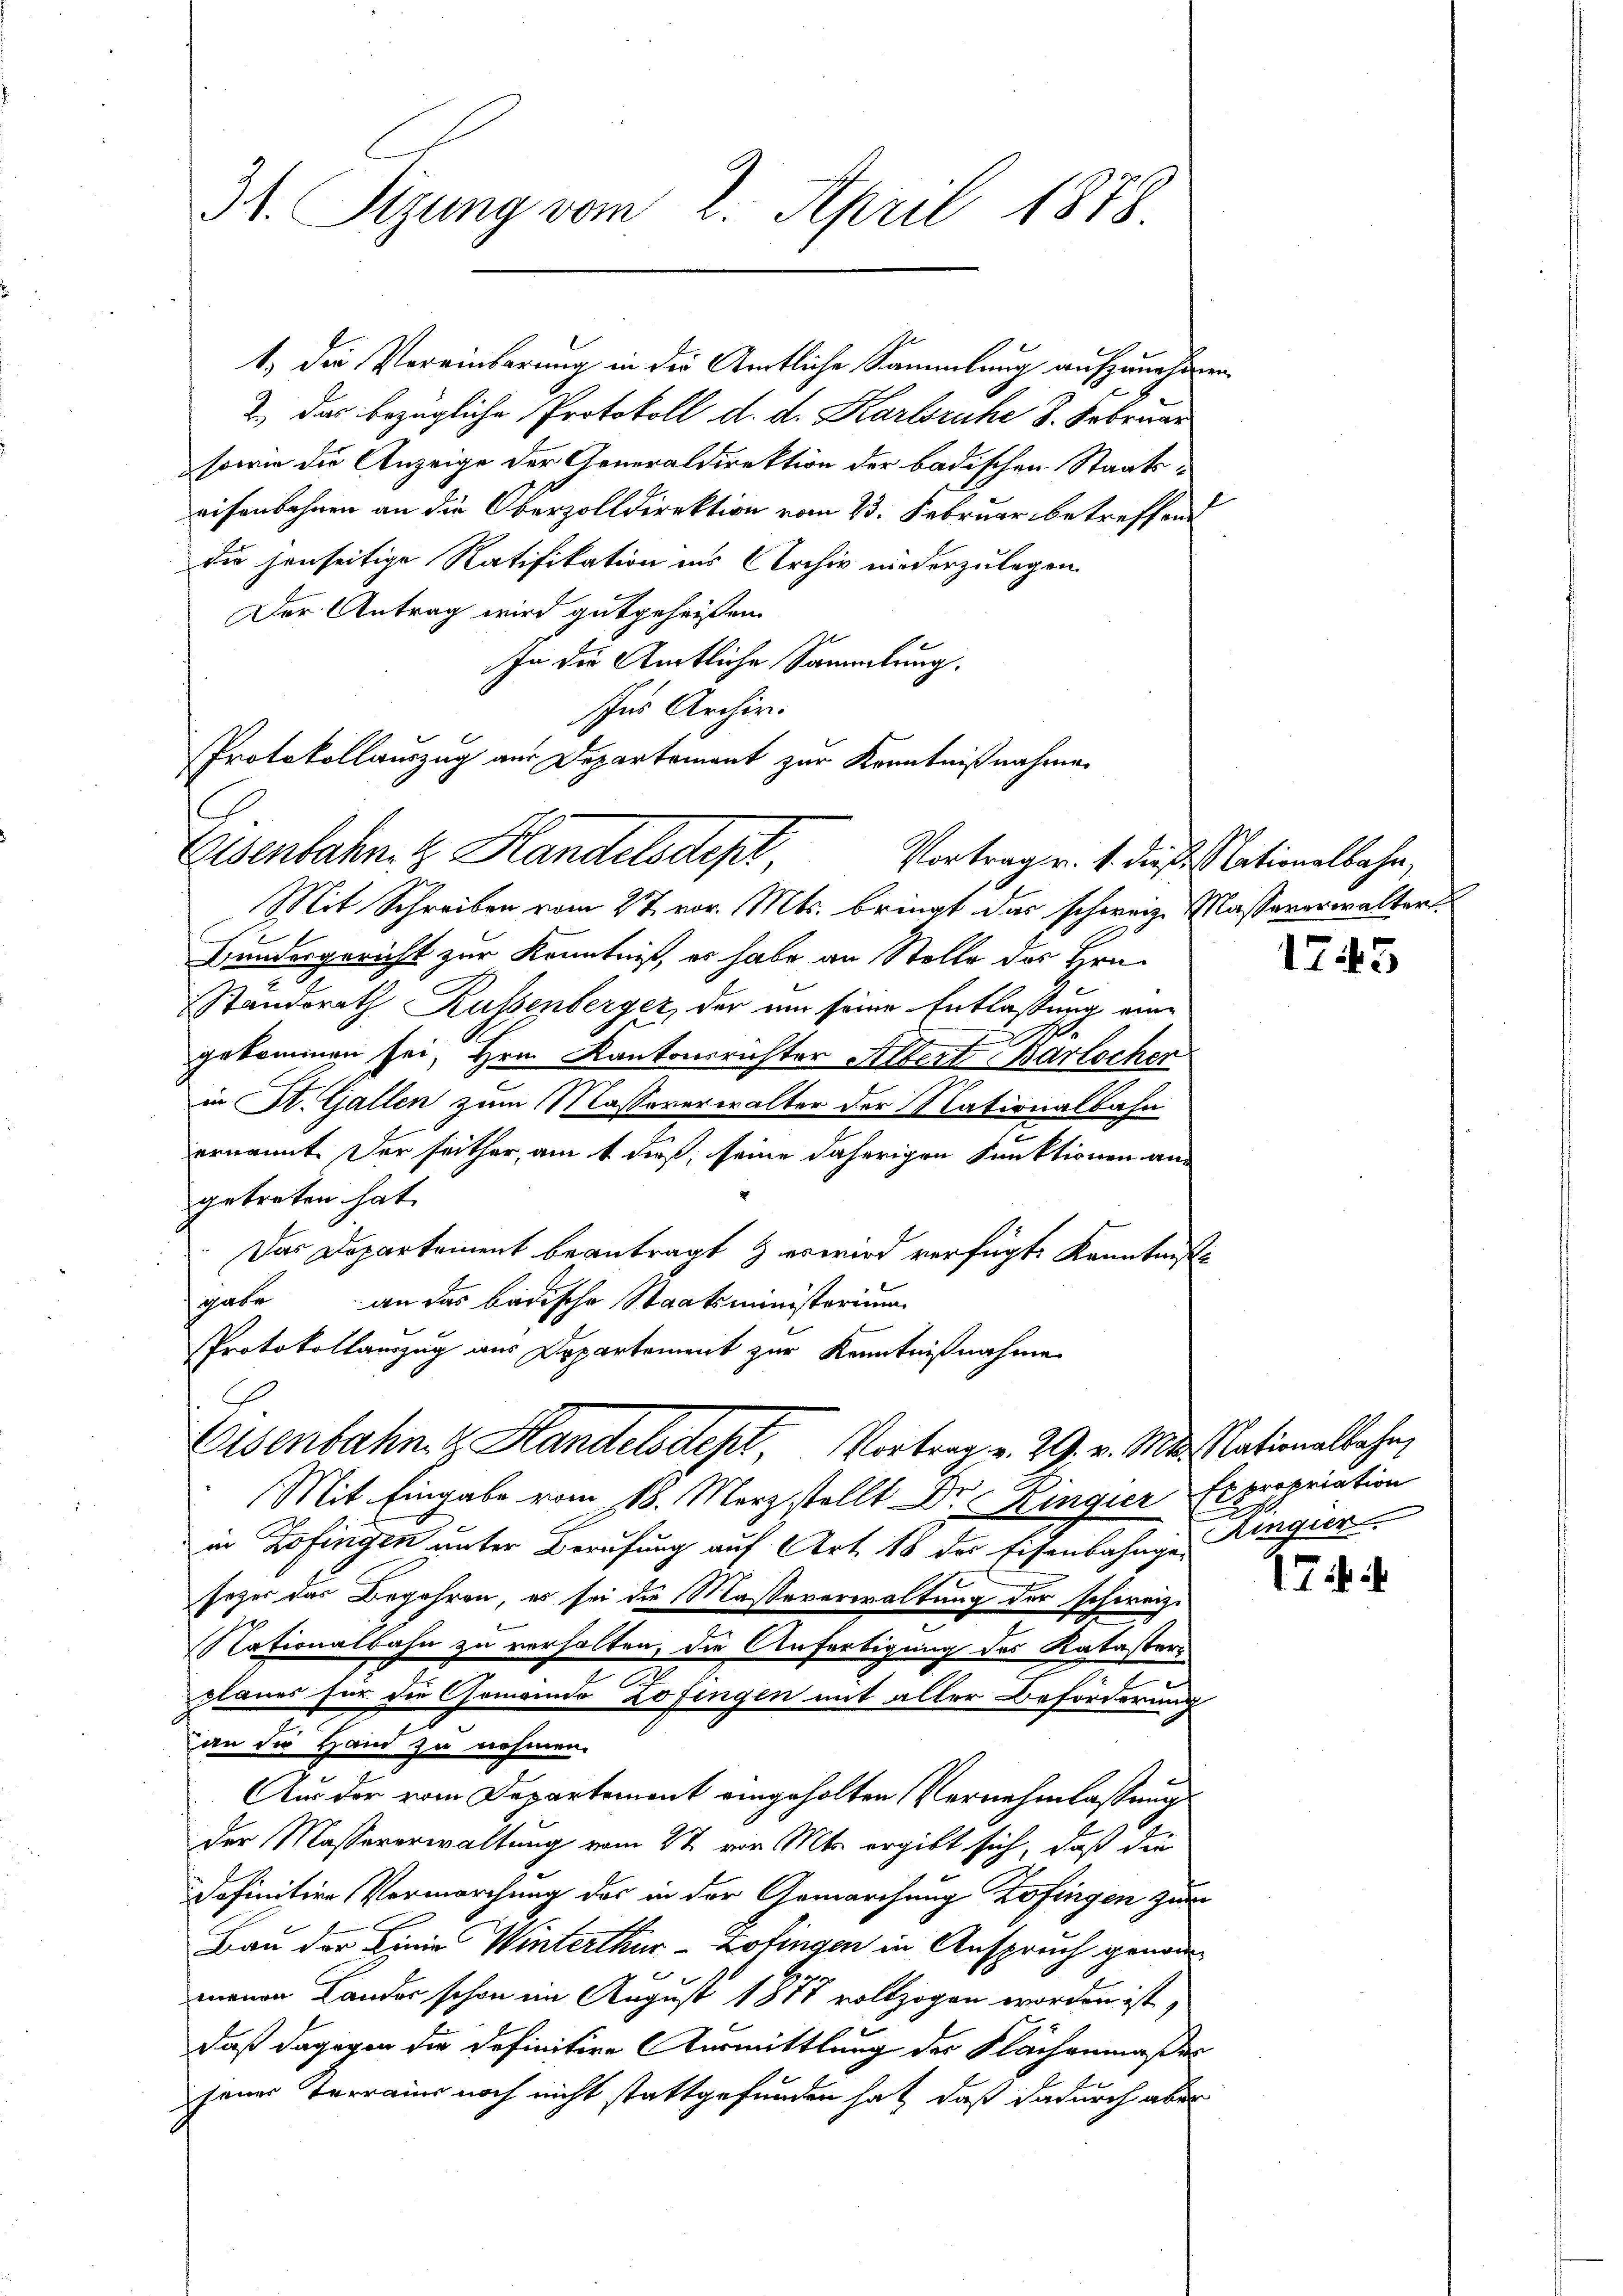
31. Sizung vom 2. April 1878

1) die Vereinbarung in die Amtliche Sammlung aufzunehmen,
2.) Das bezügliche Protokoll d. d. Karlsruhe 8. Februar
sowie die Anzeige der Generaldirektion der badischen Staatseisenbahnen an die Oberzolldirektion vom 23. Februar betreffend
Die jenseitige Ratifikation ins Archiv niederzulegen.
Der Antrag wird gutgeheißen.
In die Amtliche Sammlung.
Iches Archiv.
Protokollauszug aus Departement zur Kenntnißnahmen

Eisenbahn. k. Handelsdep
Vortrag v. 1. dieß Nationalbahn,

Mit Schreiben vom 27. vor. Mts. bringt das schweiz. Massererwalter
Bundesgericht zur Kenntniß, er habe an Stelle des Hrn.
Standsrath Russenberger, der um seine Entlassung eine
2
.
gekommen sei, Hrn. Kantonsrichter Albert Bartocher
in St. Gallen zum Massaverwalter der Nationalbahn
ernannt. Der seither, am 1 dieß, seine daherigen Funktionen an
getreten hat.
Das Departement beantragt & es wird verfügte Kenntniß
gabe an das badische Staatsministerium
Protokollauszug aus Departement zur Kenntnißnahme
Mit Eingabe vom 18. März stellt Dr. Kingier Expropriation
in Zofingen unter Berufung auf Art. 18 des Eisenbahnge Ringier
sezer das Begehren, es sei die Massaverwaltung der schweiz.
Nationalbahn zu verhalten, die Anfertigung des Kataster
2
planes für die Gemeinde Zofingen mit aller Beforderung
an die Hand zu nehmen.
Aus der vom Departement eingeholten Vernehmlassung
der Massererwaltung vom 27. von Mts. ergibt sich, daß die
definitive Vermarchung des in der Gemarchung Zofingen zum
Bau der Linia Winterthur–Zofingen in Anspruch genom¬
0 x
menen Landes schon im August 1877 vollzogen worden ist,
daß dagegen die definitive Ausmittlung der Flachenmaßes
jener Terrains noch nicht stattgefunden hat, daß dadurch aber

Eisenbahn & Handelsdept, Vortrag v. 29. v. Mt. Nationalbahn,

1745

Thi